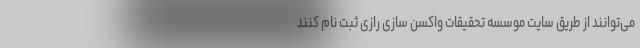
می‌توانند از طریق سایت موسسه تحقیقات واکسن سازی رازی ثبت نام کنند